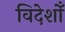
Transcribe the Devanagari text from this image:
विदेशोँ